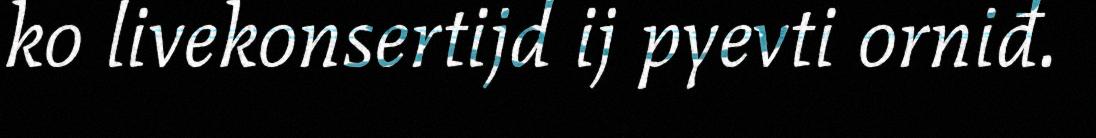
ko livekonsertijd ij pyevti orniđ.